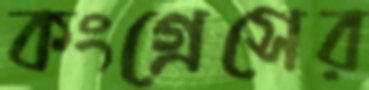
কংগ্রেসের